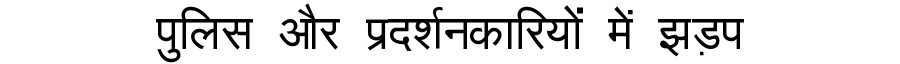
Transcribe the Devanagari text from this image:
पुलिस और प्रदर्शनकारियों में झड़प